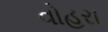
વોહરા